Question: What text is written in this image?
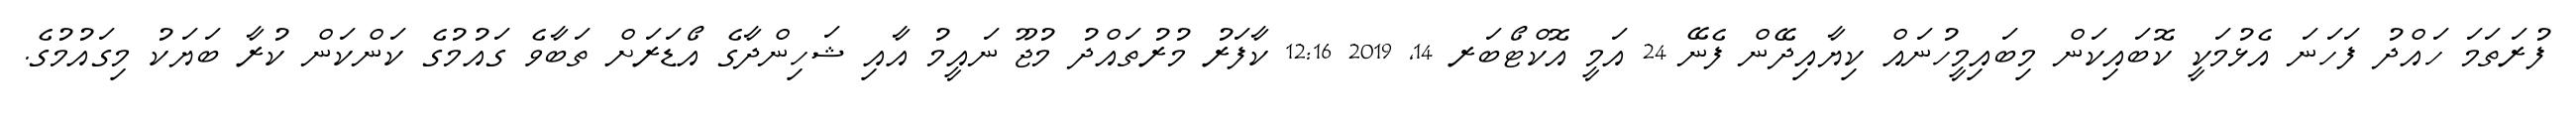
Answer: ފުރަތަމަ ހައްދު ފަހަނަ އެޅުމަކީ ކޮބައިކަން މިބައިމީހުނައް ކިޔާއިދޭން ފެނޭ 24 އަމީ އޮކްޓޯބަރ 14, 2019 12:16 ކާފަރު މުރުތައްދު މުޖޫ ނައީމު އާއި ޝަހިންދާގެ އޯޑަރަށް ތަބާވެ ގައުމުގެ ކަންކަން ކުރާ ބަޔަކު މިގައުމުގެ.